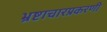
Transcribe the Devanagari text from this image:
भ्रष्टाचारप्रकरणी